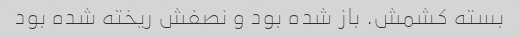
بسته کشمش. باز شده بود و نصفش ریخته شده بود